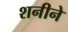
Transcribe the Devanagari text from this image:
शनीने